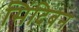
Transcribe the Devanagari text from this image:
सिंदिबन